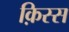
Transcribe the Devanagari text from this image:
क़िस्स